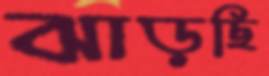
ঝাড়ছি